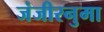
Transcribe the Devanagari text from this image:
जंजीरनुमा